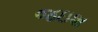
જઇશ